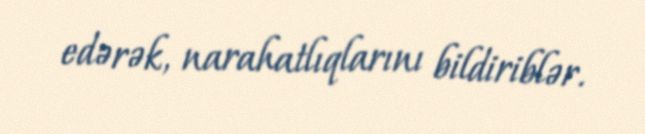
edərək, narahatlıqlarını bildiriblər.